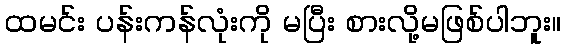
ထမင်း ပန်းကန်လုံးကို မပြီး စားလို့မဖြစ်ပါဘူး။